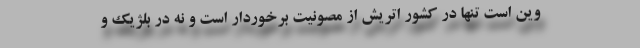
وین است تنها در کشور اتریش از مصونیت برخوردار است و نه در بلژیک و